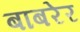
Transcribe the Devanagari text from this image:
बाबरेर